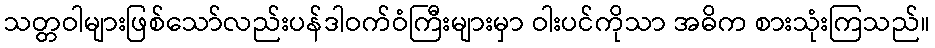
သတ္တဝါများဖြစ်သော်လည်းပန်ဒါဝက်ဝံကြီးများမှာ ဝါးပင်ကိုသာ အဓိက စားသုံးကြသည်။